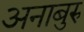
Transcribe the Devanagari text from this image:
अनाबुरु